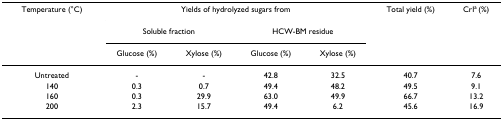
<table><thead><tr><td><b>Temperature (°C)</b></td><td colspan="4"><b>Yields of hydrolyzed sugars from</b></td><td><b>Total yield (%)</b></td><td><b>CrI<sup>a </sup>(%)</b></td></tr><tr><td></td><td colspan="2"><b>Soluble fraction</b></td><td colspan="2"><b>HCW-BM residue</b></td><td></td><td></td></tr><tr><td></td><td><b>Glucose (%)</b></td><td><b>Xylose (%)</b></td><td><b>Glucose (%)</b></td><td><b>Xylose (%)</b></td><td></td><td></td></tr></thead><tbody><tr><td>Untreated</td><td>-</td><td>-</td><td>42.8</td><td>32.5</td><td>40.7</td><td>7.6</td></tr><tr><td>140</td><td>0.3</td><td>0.7</td><td>49.4</td><td>48.2</td><td>49.5</td><td>9.1</td></tr><tr><td>160</td><td>0.3</td><td>29.9</td><td>63.0</td><td>49.9</td><td>66.7</td><td>13.2</td></tr><tr><td>200</td><td>2.3</td><td>15.7</td><td>49.4</td><td>6.2</td><td>45.6</td><td>16.9</td></tr></tbody></table>